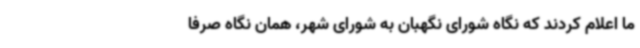
ما اعلام کردند که نگاه شورای نگهبان به شورای شهر، همان نگاه صرفا